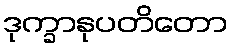
ဒုက္ခာနုပတိတော